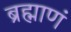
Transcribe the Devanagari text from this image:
ब्रह्माणं